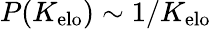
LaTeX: P(K_{\mathrm{elo}})\sim 1/K_{\mathrm{elo}}